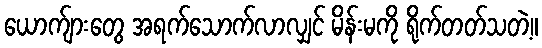
ယောက်ျားတွေ အရက်သောက်လာလျှင် မိန်းမကို ရိုက်တတ်သတဲ့။